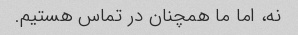
نه، اما ما همچنان در تماس هستیم.